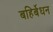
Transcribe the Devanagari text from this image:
बहिर्बेधन